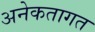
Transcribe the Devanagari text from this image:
अनेकतागत